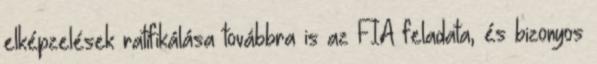
elképzelések ratifikálása továbbra is az FIA feladata, és bizonyos